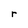
Character: r